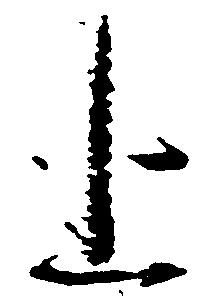
上